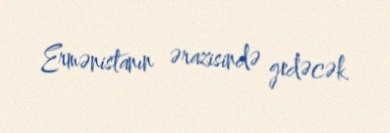
Ermənistanın ərazisində gedəcək.